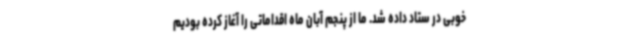
خوبی در ستاد داده شد. ما از پنجم آبان ماه اقداماتی را آغاز کرده بودیم